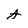
Character: A